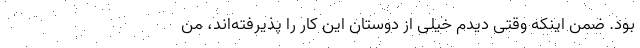
بود. ضمن اینکه وقتی دیدم خیلی از دوستان این کار را پذیرفته‌اند، من